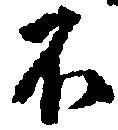
不